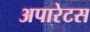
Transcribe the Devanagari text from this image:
अपारेटस